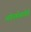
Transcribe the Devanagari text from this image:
अर्थच्छटेसाठीही